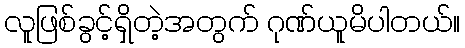
လူဖြစ်ခွင့်ရှိတဲ့အတွက် ဂုဏ်ယူမိပါတယ်။